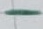
Text: -